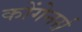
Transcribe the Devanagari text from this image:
कोंगेनर्स